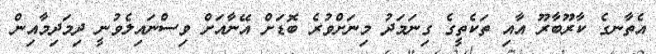
އެތާނގެ ކާރޫބާރޫ އާއި ތަކެތީގެ ގިނަމަދު މިނަށްވުރެ ބޮޑަށް އޭނާއަށް ވިސްނައިލެވުނީ ދިމަދިމާއިން